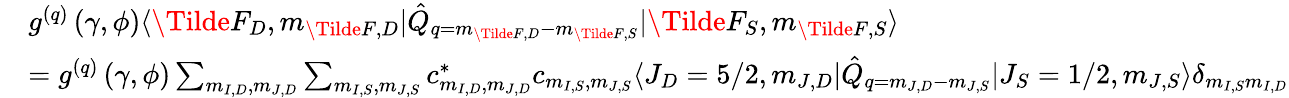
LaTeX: \begin{array}{rl}&{g^{(q)}\left(\gamma,\phi\right)\langle\Tilde{F}_{D},m_{\Tilde{F},D}\rvert\hat{Q}_{q=m_{\Tilde{F},D}-m_{\Tilde{F},S}}\lvert\Tilde{F}_{S},m_{\Tilde{F},S}\rangle}\\ &{=g^{(q)}\left(\gamma,\phi\right)\sum_{m_{I,D},m_{J,D}}\sum_{m_{I,S},m_{J,S}}c_{m_{I,D},m_{J,D}}^{*}c_{m_{I,S},m_{J,S}}\langle J_{D}=5/2,m_{J,D}\rvert\hat{Q}_{q=m_{J,D}-m_{J,S}}\lvert J_{S}=1/2,m_{J,S}\rangle\delta_{m_{I,S}m_{I,D}}}\end{array}